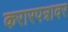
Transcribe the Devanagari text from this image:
करारपत्रावर